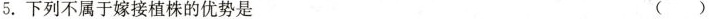
5.下列不属于嫁接植株的优势是 ()